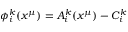
\phi _ { i } ^ { k } ( x ^ { \mu } ) = A _ { i } ^ { k } ( x ^ { \mu } ) - C _ { i } ^ { k }